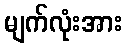
မျက်လုံးအား